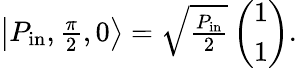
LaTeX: \begin{array}{r}{\left|P_{\mathrm{in}},\frac{\pi}{2},0\right\rangle=\sqrt{\frac{P_{\mathrm{in}}}{2}}\left(\begin{array}{c}{1}\\ {1}\end{array}\right).}\end{array}